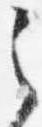
之